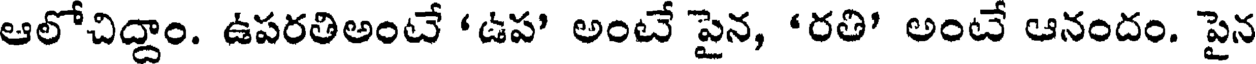
ఆలోచిద్దాం. ఉపరతిఅంటే 'ఉప' అంటే పైన, 'రతి' అంటే ఆనందం. పైన